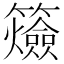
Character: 𥷡